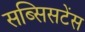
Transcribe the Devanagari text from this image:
सब्सिसटेंस